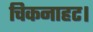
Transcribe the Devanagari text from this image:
चिकनाहट।